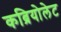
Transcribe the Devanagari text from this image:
कब्रियोलेट